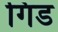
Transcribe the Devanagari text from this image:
गिड